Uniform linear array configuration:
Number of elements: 24
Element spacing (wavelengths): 0.25
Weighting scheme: hamming
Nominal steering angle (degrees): -45
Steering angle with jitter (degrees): -46.627
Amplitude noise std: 0.05
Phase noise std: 0.05

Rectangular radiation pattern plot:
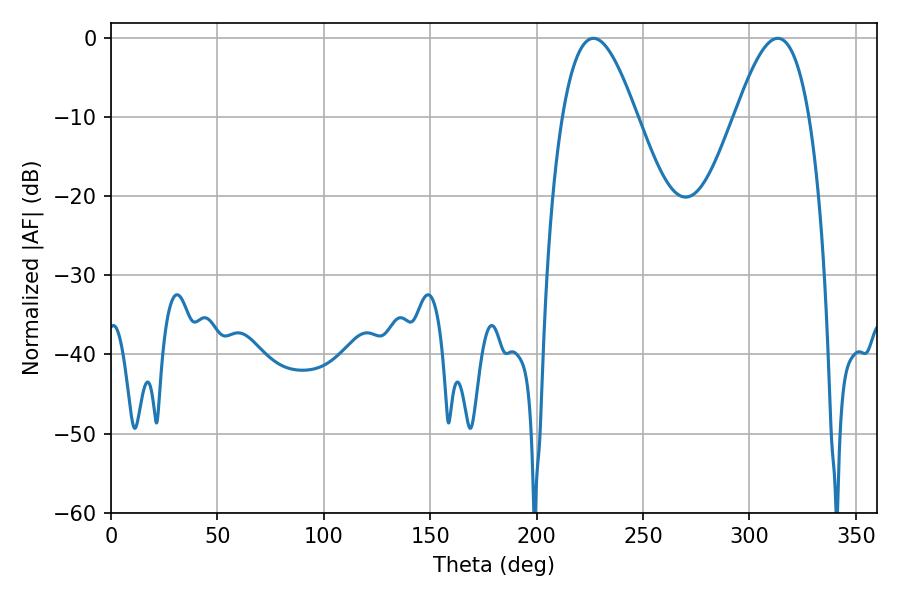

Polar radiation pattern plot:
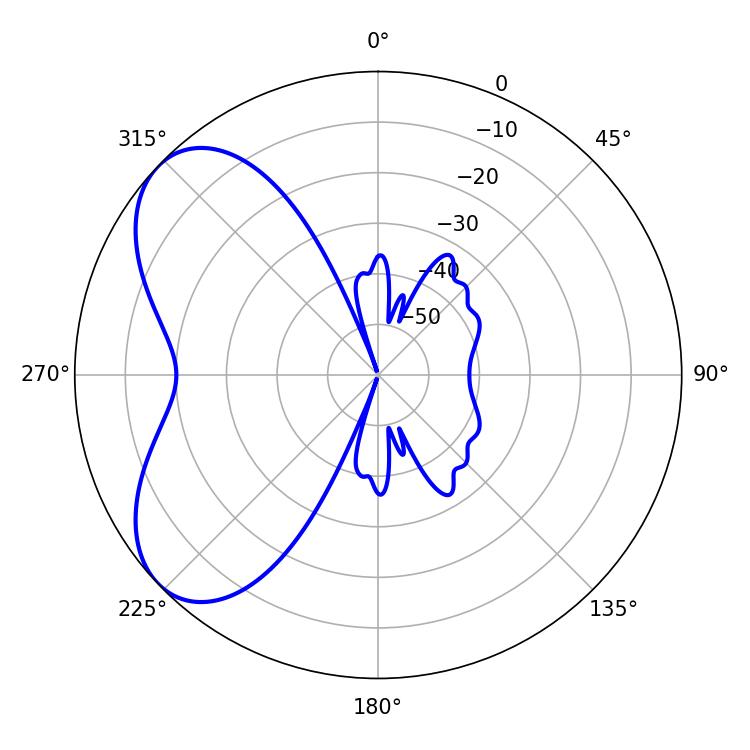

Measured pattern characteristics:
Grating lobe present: FALSE
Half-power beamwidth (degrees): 18.9
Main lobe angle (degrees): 226.62